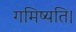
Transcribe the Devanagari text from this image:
गमिष्यति।